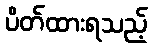
ပိတ်ထားရသည့်